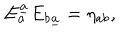
E _ { a } ^ { \underline { { a } } } E _ { b \underline { { a } } } = \eta _ { a b } ,